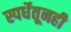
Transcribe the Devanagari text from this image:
स्पर्धेतूनही